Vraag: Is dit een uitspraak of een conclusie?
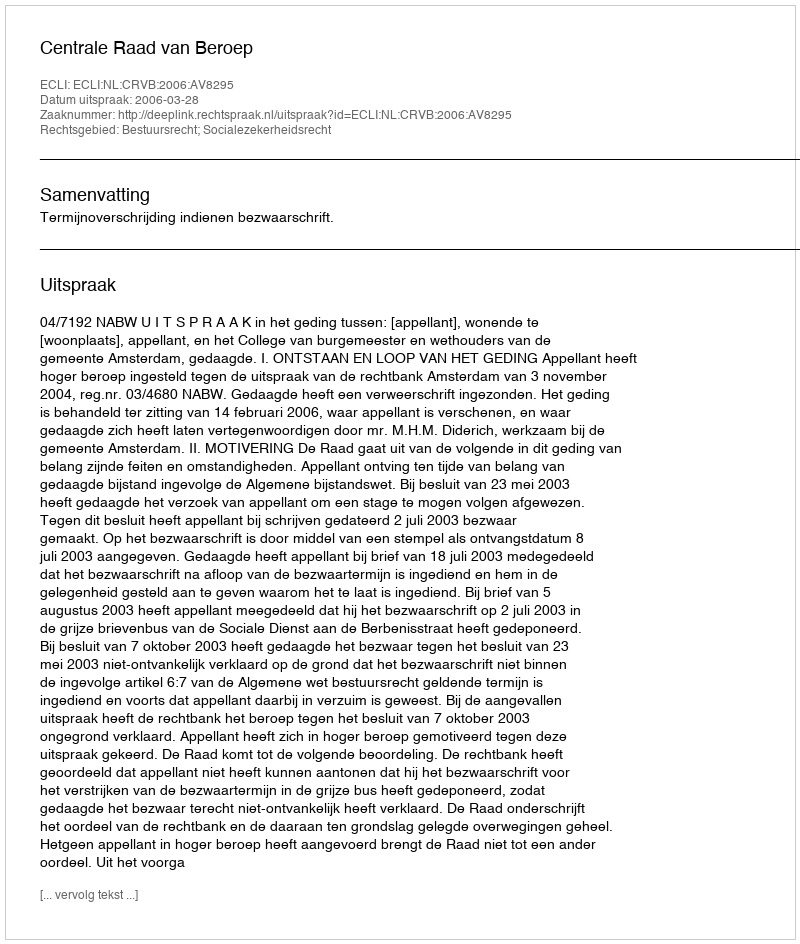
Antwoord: Uitspraak